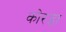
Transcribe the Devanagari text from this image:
कोरड़ा